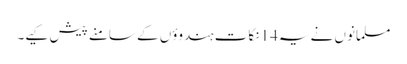
مسلمانوں نے یہ14 نکات ہندوؤں کے سامنے پیش کیے۔